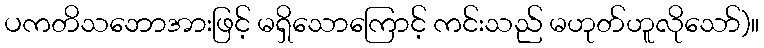
ပကတိသဘောအားဖြင့် မရှိသောကြောင့် ကင်းသည် မဟုတ်ဟူလိုသော်)။